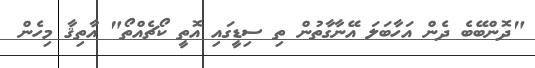
"ދޮންބޭބެ ދެން އަހާބަލަ އޭނާގާތުން ތި ސިޑީގައި އޮތީ ކޯޗެއްތޯ" އާތިޤާ މިހެން